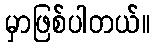
မှာဖြစ်ပါတယ်။